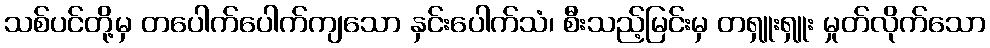
သစ်ပင်တို့မှ တပေါက်ပေါက်ကျသော နှင်းပေါက်သံ၊ စီးသည့်မြင်းမှ တရှူးရှူး မှုတ်လိုက်သော